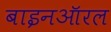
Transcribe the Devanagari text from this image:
बाइनऑरल